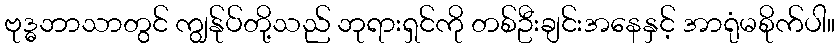
ဗုဒ္ဓဘာသာတွင် ကျွန်ုပ်တို့သည် ဘုရားရှင်ကို တစ်ဦးချင်းအနေနှင့် အာရုံမစိုက်ပါ။